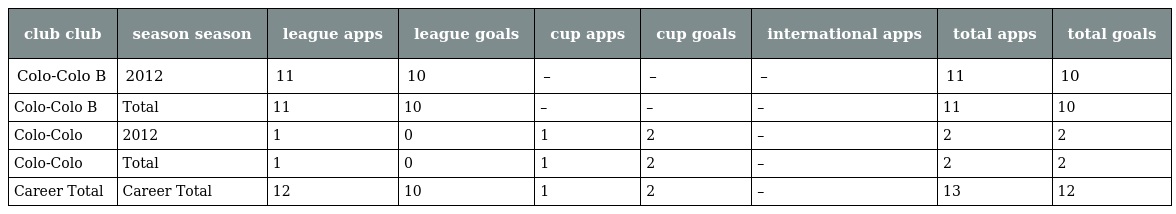
| club club | season season | league apps | league goals | cup apps | cup goals | international apps | total apps | total goals |
 | --- | --- | --- | --- | --- | --- | --- | --- | --- |
 | Colo-Colo B | 2012 | 11 | 10 | – | – | – | 11 | 10 |
 | Colo-Colo B | Total | 11 | 10 | – | – | – | 11 | 10 |
 | Colo-Colo | 2012 | 1 | 0 | 1 | 2 | – | 2 | 2 |
 | Colo-Colo | Total | 1 | 0 | 1 | 2 | – | 2 | 2 |
 | Career Total | Career Total | 12 | 10 | 1 | 2 | – | 13 | 12 |